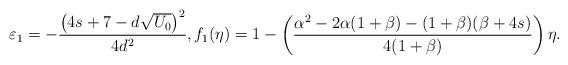
LaTeX: \begin{align*}\varepsilon_1= -\frac{\left(4s+7-d \sqrt{U_0}\right)^2}{4 d^2},f_1(\eta)=1-\left(\frac{\alpha^2 - 2 \alpha (1 + \beta)- (1 + \beta) (\beta + 4 s)}{4(1+\beta)}\right)\eta.\end{align*}